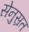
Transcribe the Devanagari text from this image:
सेनुस्रत